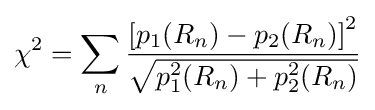
\chi ^{2}=\sum _{n}{\frac {\left[p_{1}(R_{n})-p_{2}(R_{n})\right]^{2}}{\sqrt {p_{1}^{2}(R_{n})+p_{2}^{2}(R_{n})}}}